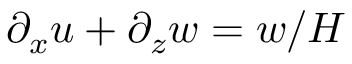
\partial _ { x } u + \partial _ { z } w = w / H